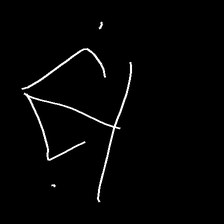
Glyph: earth